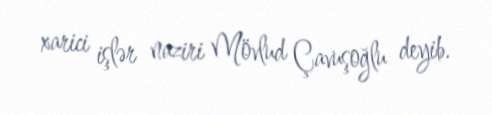
xarici işlər naziri Mövlud Çavuşoğlu deyib.